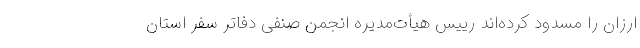
ارزان را مسدود کرده‌اند رییس هیأت‌مدیره انجمن صنفی دفاتر سفر استان